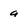
Character: a